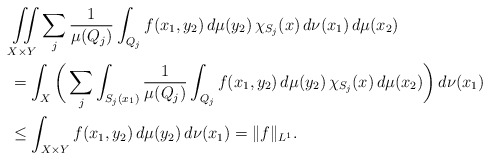
\begin{align*}&\iint\limits_{X\times Y}\sum_j\frac{1}{\mu(Q_{j})}\int_{Q_{j}}f(x_1,y_2)\,d\mu(y_2)\,\chi_{S_j}(x)\, d\nu(x_1)\,d\mu(x_2)\\&=\int_X \bigg(\sum_j\int_{S_j(x_1)}\frac{1}{\mu(Q_{j})}\int_{Q_{j}}f(x_1,y_2)\,d\mu(y_2)\,\chi_{S_j}(x)\,d\mu(x_2)\bigg)\,d\nu(x_1)\\&\leq \int_{X\times Y}f(x_1,y_2)\,d\mu(y_2)\,d\nu(x_1)=\|f\|_{L^1}. \end{align*}